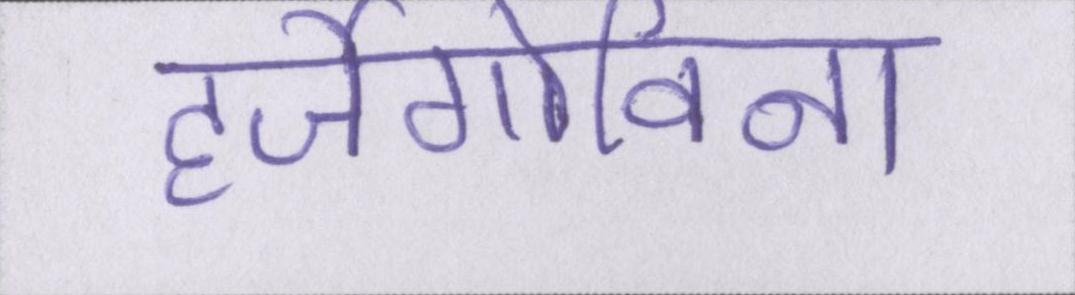
हर्जेगोविना